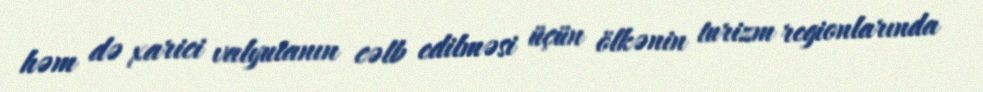
həm də xarici valyutanın cəlb edilməsi üçün ölkənin turizm regionlarında